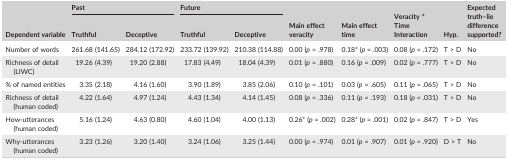
| <ROWSPAN=2> Dependent variable | <COLSPAN=2> Past | <COLSPAN=2> Future | <ROWSPAN=2> Main effect veracity | <ROWSPAN=2> Main effect time | <ROWSPAN=2> Veracity * Time Interaction | <ROWSPAN=2> Hyp. | <ROWSPAN=2> Expected truth–lie difference supported? |
 | Truthful | Deceptive | Truthful | Deceptive |
 | --- | --- | --- | --- | --- | --- | --- | --- | --- | --- |
 | Number of words | 261.68 (141.65) | 284.12 (172.92) | 233.72 (139.92) | 210.38 (114.88) | 0.00 (p = .978) | 0.18* (p = .003) | 0.08 (p = .172) | T > D | No |
 | Richness of detail (LIWC) | 19.26 (4.39) | 19.20 (2.88) | 17.83 (4.49) | 18.04 (4.39) | 0.01 (p = .880) | 0.16 (p = .009) | 0.02 (p = .777) | T > D | No |
 | % of named entities | 3.35 (2.18) | 4.16 (1.60) | 3.90 (1.89) | 3.85 (2.06) | 0.10 (p = .101) | 0.03 (p = .605) | 0.11 (p = .065) | T > D | No |
 | Richness of detail (human coded) | 4.22 (1.64) | 4.97 (1.24) | 4.43 (1.34) | 4.14 (1.45) | 0.08 (p = .336) | 0.11 (p = .193) | 0.18 (p = .031) | T > D | No |
 | How‐utterances (human coded) | 5.16 (1.24) | 4.63 (0.80) | 4.60 (1.04) | 4.00 (1.13) | 0.26* (p = .002) | 0.28* (p = .001) | 0.02 (p = .847) | T > D | Yes |
 | Why‐utterances (human coded) | 3.23 (1.26) | 3.20 (1.40) | 3.24 (1.06) | 3.25 (1.44) | 0.00 (p = .974) | 0.01 (p = .907) | 0.01 (p = .920) | D > T | No |